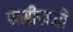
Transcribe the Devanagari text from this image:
मसीहाओं